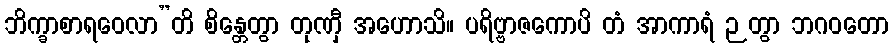
ဘိက္ခာစာရဝေလာ”တိ စိန္တေတွာ တုဏှီ အဟောသိ။ ပရိဗ္ဗာဇကောပိ တံ အာကာရံ ဉတွာ ဘဂဝတော